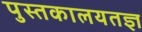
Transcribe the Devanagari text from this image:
पुस्तकालयतज्ञ